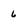
Character: 6